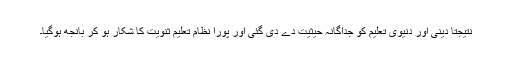
نتیجتاً دینی اور دنیوی تعلیم کو جداگانہ حیثیت دے دی گئی اور پورا نظام تعلیم ثنویت کا شکار ہو کر بانجھ ہوگیا۔